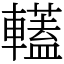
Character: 䡷